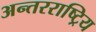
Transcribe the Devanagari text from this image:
अन्तरराष्ट्रिय